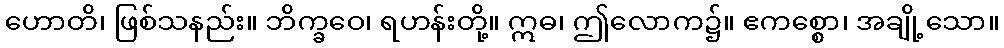
ဟောတိ၊ ဖြစ်သနည်း။ ဘိက္ခဝေ၊ ရဟန်းတို့။ ဣဓ၊ ဤလောက၌။ ဧကစ္စော၊ အချို့သော။